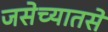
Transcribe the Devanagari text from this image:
जसेच्यातसे